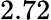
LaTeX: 2.72